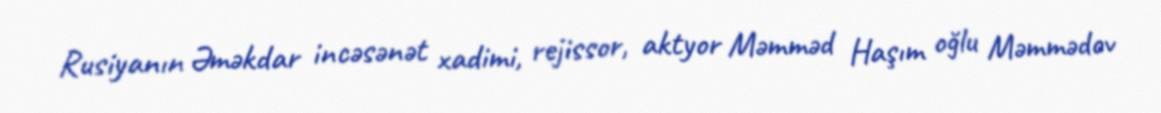
Rusiyanın Əməkdar incəsənət xadimi, rejissor, aktyor Məmməd Haşım oğlu Məmmədov